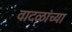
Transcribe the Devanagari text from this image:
वादळांच्या